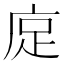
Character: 𫷭